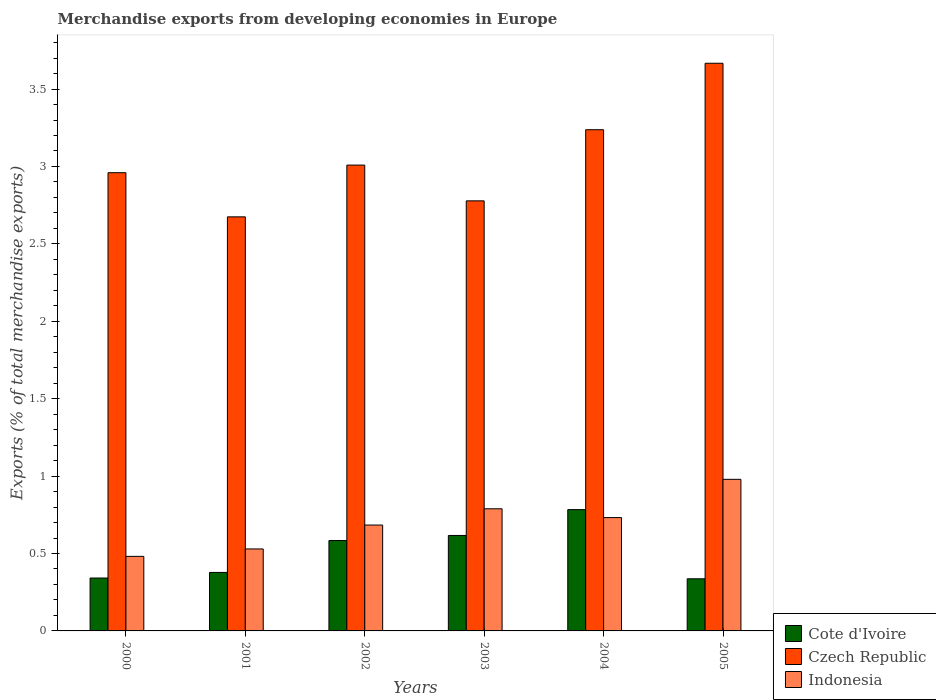
| Years | Cote d'Ivoire | Czech Republic | Indonesia |
 | --- | --- | --- | --- |
 | 2000 | 0.342 | 2.96 | 0.482 |
 | 2001 | 0.378 | 2.67 | 0.529 |
 | 2002 | 0.584 | 3.01 | 0.684 |
 | 2003 | 0.617 | 2.78 | 0.789 |
 | 2004 | 0.783 | 3.24 | 0.732 |
 | 2005 | 0.337 | 3.67 | 0.979 |